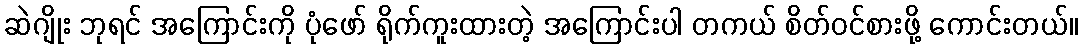
ဆဲဂျိုး ဘုရင် အကြောင်းကို ပုံဖော် ရိုက်ကူးထားတဲ့ အကြောင်းပါ တကယ် စိတ်ဝင်စားဖို့ ကောင်းတယ်။